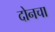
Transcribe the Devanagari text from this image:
दोनचा